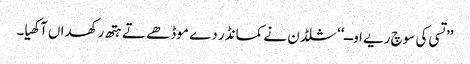
’’تسی کی سوچ ریے اوــ‘‘ شلڈن نے کمانڈر دے موڈھے تے ہتھ رکھداں آکھیا۔